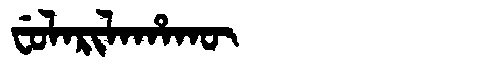
Manchu: ᠸᡠᠯᠠᡵᡳᠯᠠᡥᠠᡴᡡ
Romanization: FULARILAHAKŪ